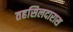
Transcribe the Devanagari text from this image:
तहसिलदारास